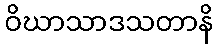
ဝိဃာသာဒသတာနိ